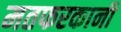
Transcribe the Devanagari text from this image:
मतफरकानी